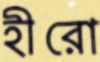
হীরো